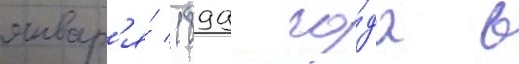
январ'я́ 1899 го́да в